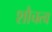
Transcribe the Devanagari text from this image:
शौचत्व